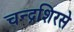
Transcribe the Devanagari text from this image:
चन्द्रशिरसे